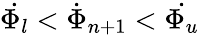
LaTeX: \dot{\Phi_{l}}<\dot{\Phi}_{n+1}<\dot{\Phi_{u}}